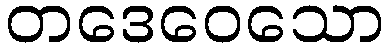
တဒေဝေသော